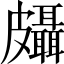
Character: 𱲉